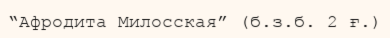
“Афродита Милосская” (б.з.б. 2 ғ.)